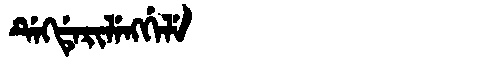
Manchu: ᡩᡝᡴᡩᡝᡵᡳᠯᡝᠩᡤᡝᠯᡝ
Romanization: DEKDERILENGGELE